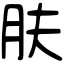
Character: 肤